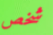
شخص